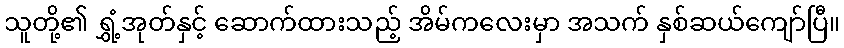
သူတို့၏ ရွှံ့အုတ်နှင့် ဆောက်ထားသည့် အိမ်ကလေးမှာ အသက် နှစ်ဆယ်ကျော်ပြီ။